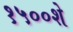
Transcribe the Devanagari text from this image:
१५००शे